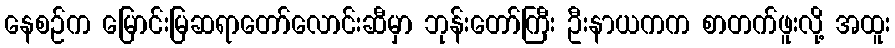
နေစဉ်က မြောင်းမြဆရာတော်လောင်းဆီမှာ ဘုန်းတော်ကြီး ဦးနာယကက စာတက်ဖူးလို့ အထူး